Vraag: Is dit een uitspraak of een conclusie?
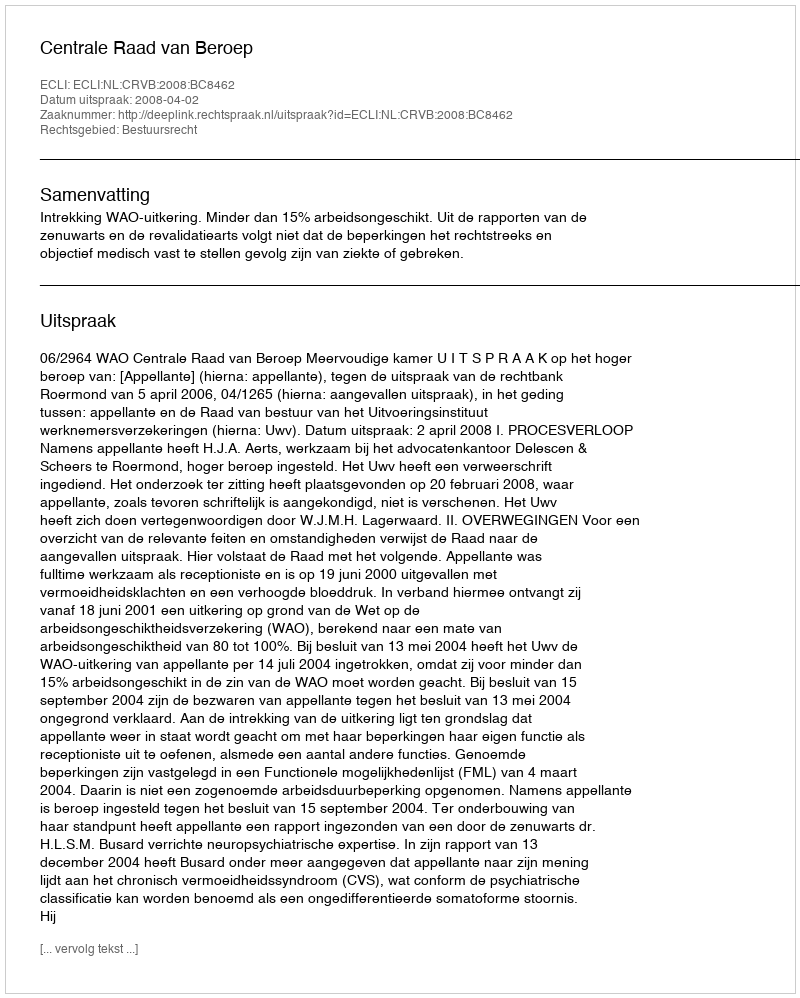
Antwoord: Uitspraak